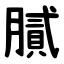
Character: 膩